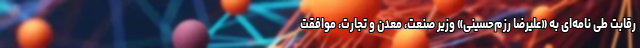
رقابت طی نامه‌ای به «علیرضا رزم‌حسینی» وزیر صنعت، معدن و تجارت، موافقت